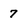
Character: 7